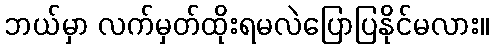
ဘယ်မှာ လက်မှတ်ထိုးရမလဲပြောပြနိုင်မလား။